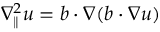
\nabla _ { \parallel } ^ { 2 } u = \boldsymbol { b } \cdot \boldsymbol { \nabla } ( \boldsymbol { b } \cdot \boldsymbol { \nabla } u )